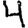
Digit: 4